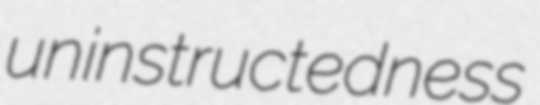
uninstructedness